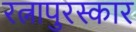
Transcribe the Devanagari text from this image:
रत्नापुरस्कार